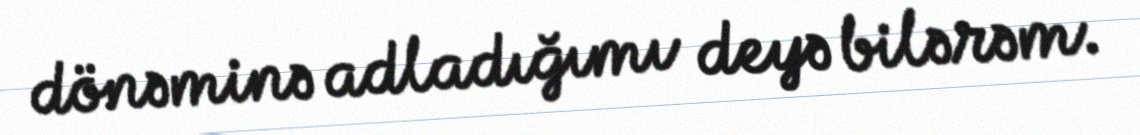
dönəminə adladığımı deyə bilərəm.